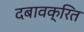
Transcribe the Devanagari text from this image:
दबावक्रित